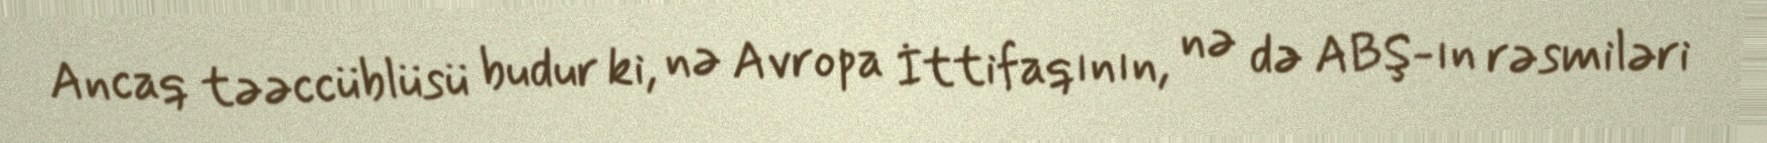
Ancaq təəccüblüsü budur ki, nə Avropa İttifaqının, nə də ABŞ-ın rəsmiləri